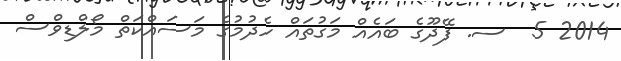
2014 5  ސ. ފޭދޫގެ ބައެއް މަގުތައް ހެދުމުގެ މަސައްކަތް މޯލްޑިވްސް